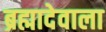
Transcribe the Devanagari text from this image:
ब्रह्मादेवाला